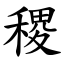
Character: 稷